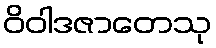
ဝိဝါဒဇာတေသု